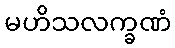
မဟိသလက္ခဏံ